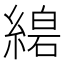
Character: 𦃧